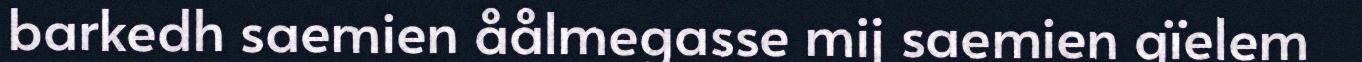
barkedh saemien åålmegasse mij saemien gïelem